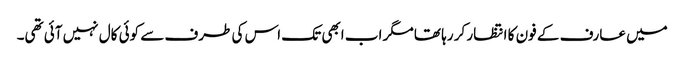
میں عارف کے فون کا انتظار کر رہا تھا مگر اب ابھی تک اس کی طرف سے کوئی کال نہیں آئی تھی۔